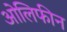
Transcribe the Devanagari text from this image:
ओलिफीन